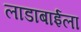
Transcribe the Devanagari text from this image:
लाडाबाईला